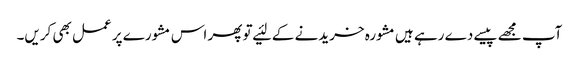
آپ مجھے پیسے دے رہے ہیں‌مشورہ خریدنے کے لئیے تو پھر اس مشورے پر عمل بھی کریں‌۔